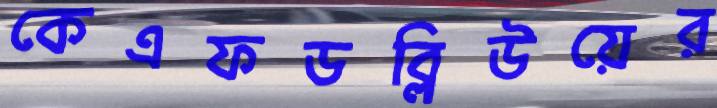
কেএফডব্লিউয়ের